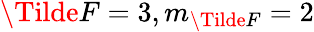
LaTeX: \Tilde{F}=3,m_{\Tilde{F}}=2